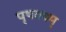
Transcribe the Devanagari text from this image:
पृथक्वम्